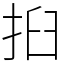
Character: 㧮